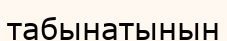
табынатынын